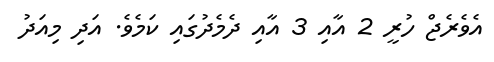
އެވެރެޖް ހުރީ 2 އާއި 3 އާއި ދެމެދުގައި ކަމެވެ. އަދި މިއަދު